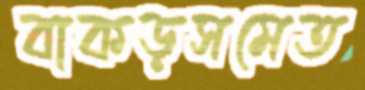
বাকড়সমেত